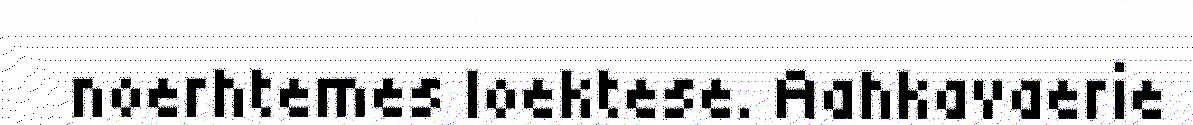
noerhtemes loektese. Aahkavaerie